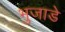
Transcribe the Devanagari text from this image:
भुजाडे